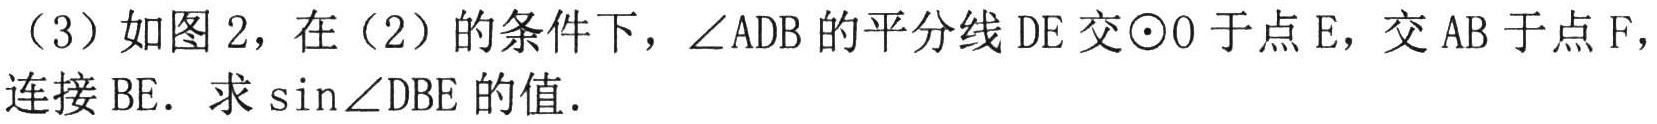
（3）如图2，在（2）的条件下，\(\angle ADB\)的平分线\(DE\)交\(\odot O\)于点\(E\)，交\(AB\)于点\(F\)，连接\(BE\)．求\(\sin\angle DBE\)的值．